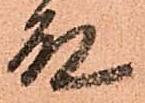
殿